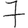
Digit: 7